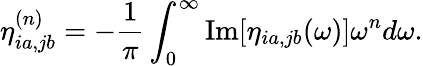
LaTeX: \eta_{ia,jb}^{(n)}=-\frac{1}{\pi}\int_{0}^{\infty}\textrm{Im}[\eta_{ia,jb}(\omega)]\omega^{n}d\omega.